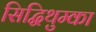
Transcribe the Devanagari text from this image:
सिद्धिथुम्का